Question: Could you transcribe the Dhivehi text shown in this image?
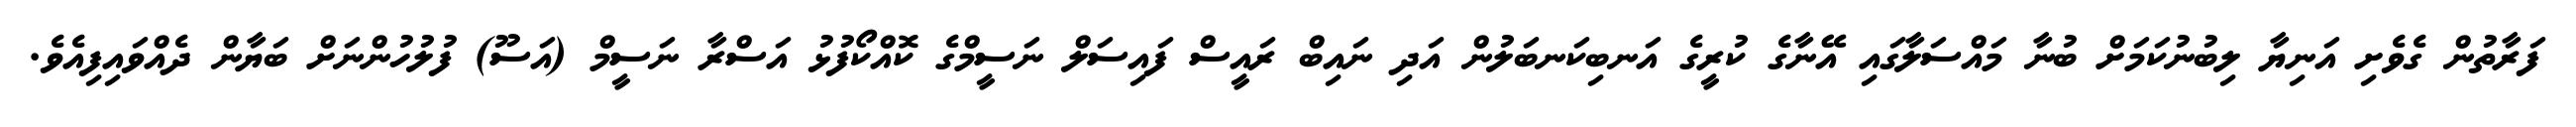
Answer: ފަރާތުން ގެވެށި އަނިޔާ ލިބުނުކަމަށް ބުނާ މައްސަލާގައި އޭނާގެ ކުރީގެ އަނބިކަނބަލުން އަދި ނައިބް ރައީސް ފައިސަލް ނަސީމްގެ ކޮއްކޯފުޅު އަސްރާ ނަސީމް (އަސޫ) ފުލުހުންނަށް ބަޔާން ދެއްވައިފިއެވެ.